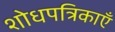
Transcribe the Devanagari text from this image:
शोधपत्रिकाएँ